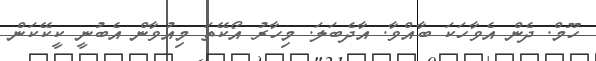
ހޫމް. ދެން އެވާހަކަ ބާއްވާ. އާދެބަލަ. މިހާރު އޯކޭތަ މިއުވާން އެބުނީ ކީކޭކަން